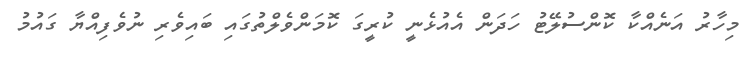
މިހާރު އަނެއްކާ ކޮންސުލޭޓު ހަދަން އެއުޅެނީ ކުރީގަ ކޮމަންވެލްތުގައި ބައިވެރި ނުވެފިއްޔާ ގައުމު